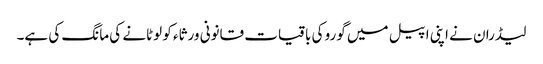
لیڈران نے اپنی اپیل میں گورو کی باقیات قانونی ورثاء کو لوٹانے کی مانگ کی ہے۔